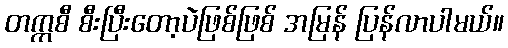
တက္ကစီ စီးပြီးတော့ပဲဖြစ်ဖြစ် အမြန် ပြန်လာပါမယ်။